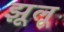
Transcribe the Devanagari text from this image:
झूलू